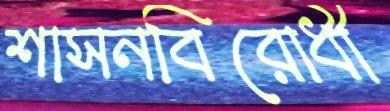
শাসনবিরোধী